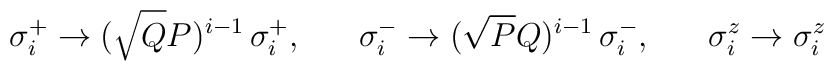
\sigma_i^+ \rightarrow (\sqrt{Q}{P})^{i-1}\,\sigma_i^+,\;\;\;\;\;\;\sigma_i^- \rightarrow (\sqrt{P}{Q})^{i-1}\,\sigma_i^-,\;\;\;\;\;\;\sigma_i^z \rightarrow \sigma_i^z